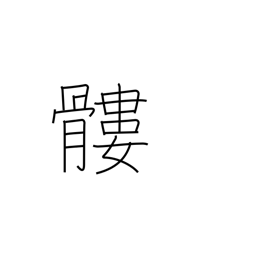
Meaning: skull